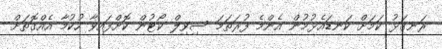
ރަނގަޅު ކަމަށް ކަނޑައެޅުމުން އެންމެ ފުރަތަމަ ސިވިލް ކޯޓުން ކޮށްފައިވާ ހުކުމާ އެއްގޮތަށް